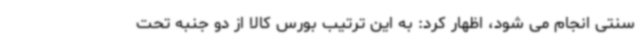
سنتی انجام می شود، اظهار کرد: به این ترتیب بورس کالا از دو جنبه تحت